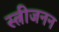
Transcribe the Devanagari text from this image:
स्त्रीजनन